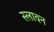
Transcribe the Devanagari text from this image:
स्लावन